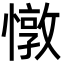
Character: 憞